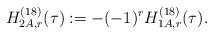
LaTeX: \begin{align*}H^{(18)}_{2A,r}(\tau):=-(-1)^rH^{(18)}_{1A,r}(\tau).\end{align*}